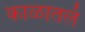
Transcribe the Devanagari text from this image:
काळातलं